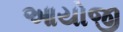
આયોજી